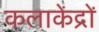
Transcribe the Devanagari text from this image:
कलाकेंद्रों